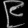
Digit: ၉